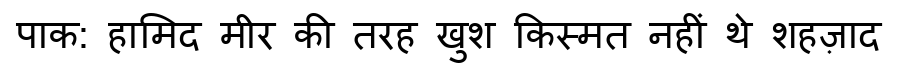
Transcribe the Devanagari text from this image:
पाक: हामिद मीर की तरह खुश किस्मत नहीं थे शहज़ाद